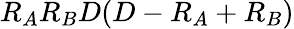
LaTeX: R_{A}R_{B}D(D-R_{A}+R_{B})